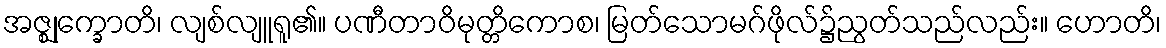
အဇ္ဈုက္ခောတိ၊ လျစ်လျူရူ၏။ ပဏီတာဝိမုတ္တိကောစ၊ မြတ်သောမဂ်ဖိုလ်၌ညွတ်သည်လည်း။ ဟောတိ၊